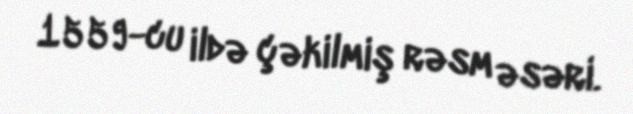
1559-cu ildə çəkilmiş rəsm əsəri.